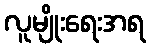
လူမျိုးရေးအရ